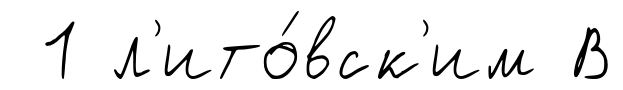
1 л'ито́вск'им В